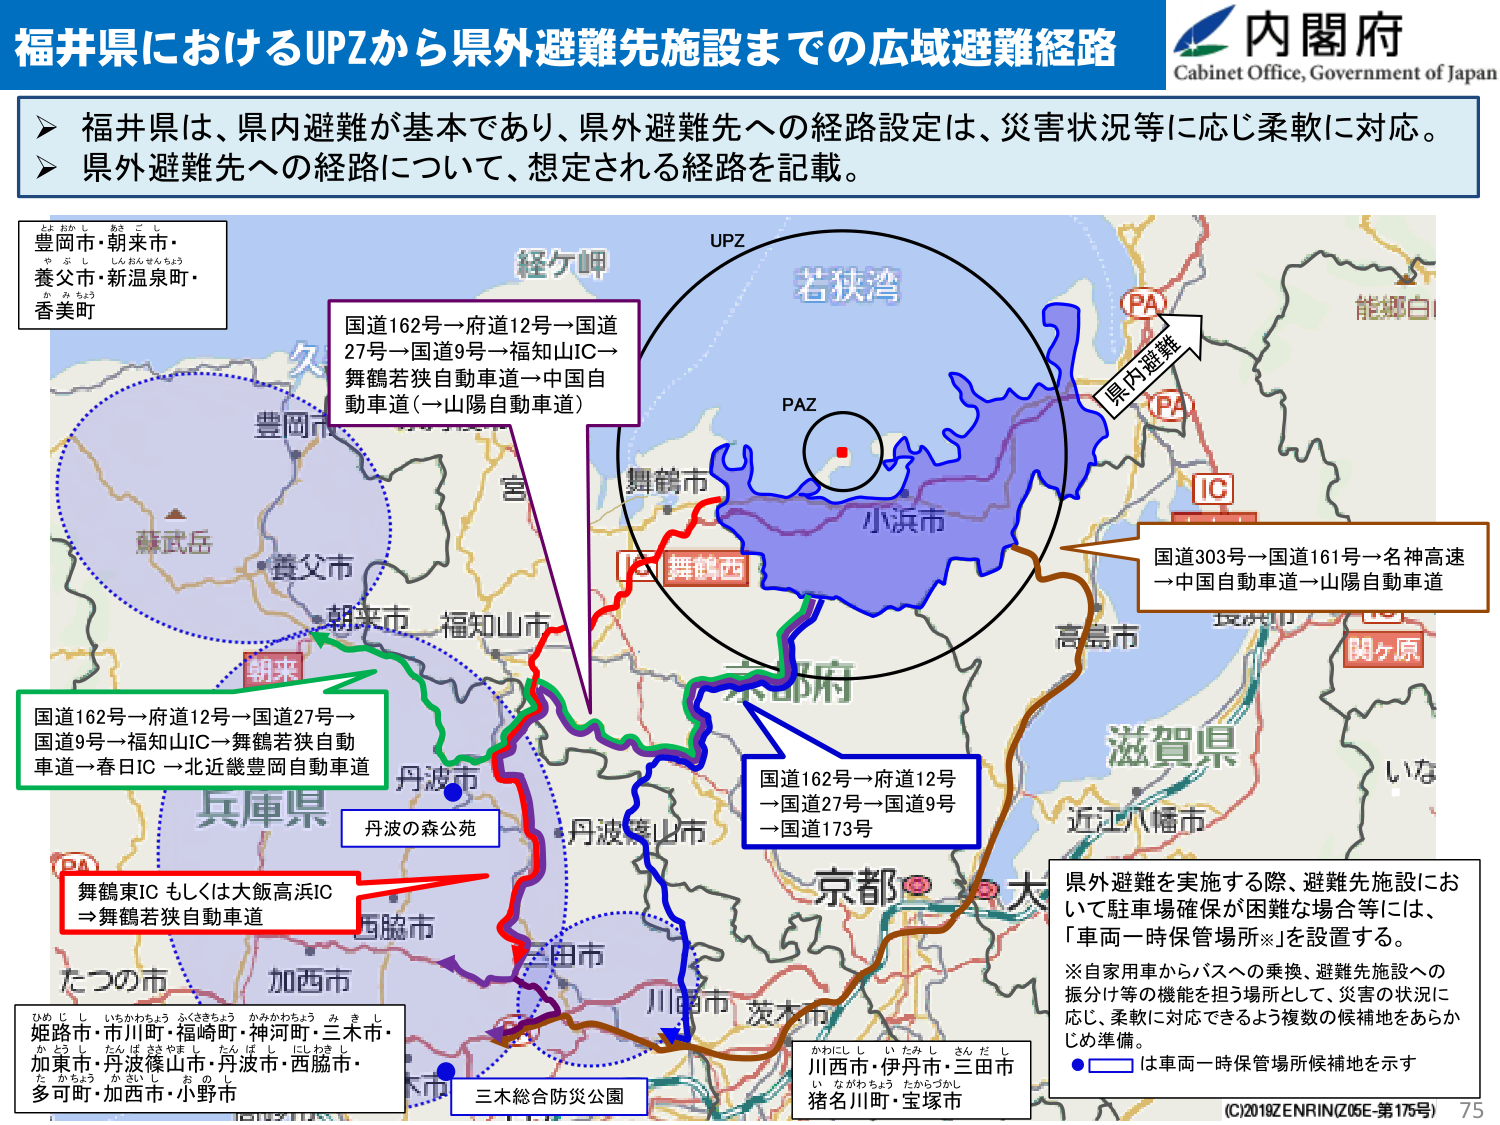
福井県におけるUPZから県外避難先施設までの広域避難経路
内閣府
Cabinet Office, Government of Japan

▶ 福井県は、県内避難が基本であり、県外避難先への経路設定は、災害状況等に応じ柔軟に対応。
▶ 県外避難先への経路について、想定される経路を記載。

豊岡市・朝来市・
養父市・新温泉町・
香美町

経ヶ岬
UPZ
若狭湾
PAZ
舞鶴市
小浜市
高島市
滋賀県
近江八幡市
京都市
大津市
丹波市
丹波篠山市
川西市
茨木市
三木市
猪名川町・宝塚市
川西市・伊丹市・三田市
加東市・丹波篠山市・丹波市・西脇市・
多可町・加西市・小野市
姫路市・市川町・福崎町・神河町・三木市・
丹波の森公苑
三木総合防災公園
兵庫県
豊岡市
朝来市
福知山市
西脇市
加西市
たつの市
宮
久
能郷白
関ヶ原
IC
PA
県内避難
国道162号→府道12号→国道27号→国道9号→福知山IC→舞鶴若狭自動車道→中国自動車道（→山陽自動車道）
国道162号→府道12号→国道27号→国道9号→福知山IC→舞鶴若狭自動車道→春日IC→北近畿豊岡自動車道
舞鶴東IC もしくは大飯高浜IC
⇒舞鶴若狭自動車道
国道162号→府道12号→国道27号→国道9号→国道173号
国道303号→国道161号→名神高速→中国自動車道→山陽自動車道
県外避難を実施する際、避難先施設において駐車場確保が困難な場合等には、「車両一時保管場所※」を設置する。
※自家用車からバスへの乗換、避難先施設への振分け等の機能を担う場所として、災害の状況に応じ、柔軟に対応できるよう複数の候補地をあらかじめ準備。
● は車両一時保管場所候補地を示す
(C)2018ZENRIN(Z05E-第175号) 75